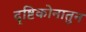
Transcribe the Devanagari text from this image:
दृष्टिकोनातुन